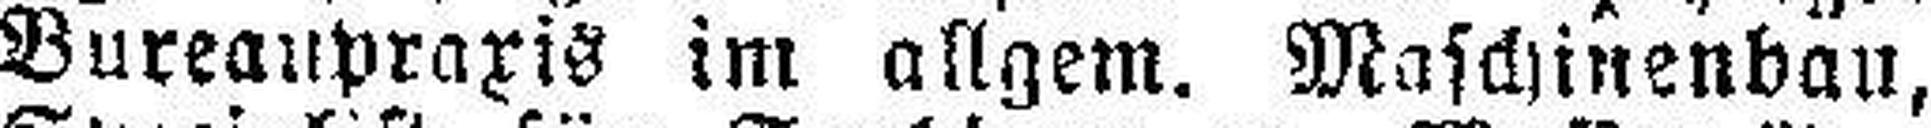
Bureaupraxis im allgem. Maschinenbau,